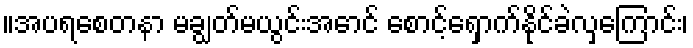
။အပရစေတနာ မချွတ်မယွင်းအောင် စောင့်ရှောက်နိုင်ခဲလှကြောင်း၊